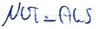
Text: NOT_AUS